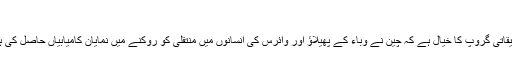
“
تحقیقاتی گروپ کا خیال ہے کہ چین نے وباء کے پھیلاؤ اور وائرس کی انسانوں میں منتقلی کو روکنے میں نمایان کامیابیاں حاصل کی ہیں۔